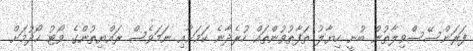
ފަރަންސޭސްވިލާތުން ބުނީ ހިޔާލު ތަފާތުވުންތައް ހުރެދާނެ ކަމަށާއި ނަމަވެސް ރައްޔިތުންގެ ވޯޓު ހޯދުމަށް